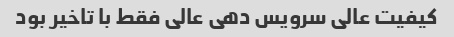
کیفیت عالی سرویس دهی عالی فقط با تاخیر بود